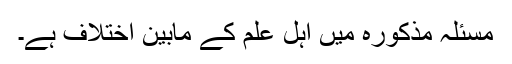
مسئلہ مذکورہ میں اہلِ علم کے مابین اختلاف ہے۔